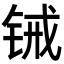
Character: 𬭋